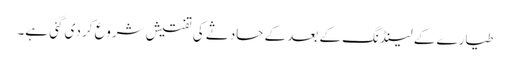
طیارے کے لینڈنگ کے بعد کے حادثے کی تفتیش شروع کر دی گئی ہے۔